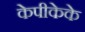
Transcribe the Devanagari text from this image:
केपीकेके